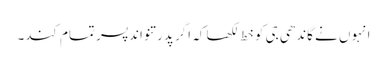
انہوں نے گاندھی جی کو خط لکھا کہ اگر پدرتنواند پسر تمام کند۔